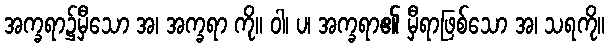
အက္ခရာ၌မှီသော အ၊ အက္ခရာ ကို။ ဝါ၊ ပ၊ အက္ခရာ၏ မှီရာဖြစ်သော အ၊ သရကို။